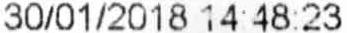
30/01/2018 14:48:23